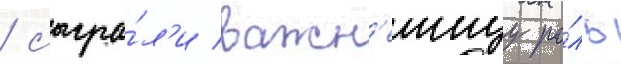
/ сыгра́л'и важн'еишуу ро́ль